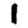
Digit: 1